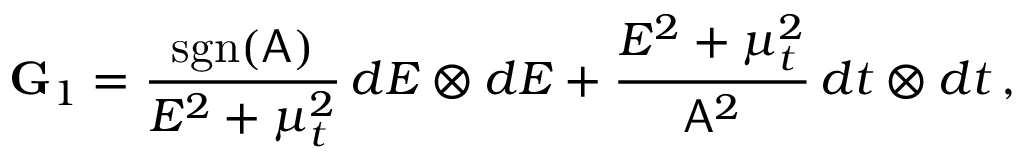
\mathbf { G } _ { 1 } = \frac { \mathrm { s g n } ( \mathsf { A } ) } { E ^ { 2 } + \mu _ { t } ^ { 2 } } \, d E \otimes d E + \frac { E ^ { 2 } + \mu _ { t } ^ { 2 } } { \mathsf { A } ^ { 2 } } \, d t \otimes d t \, ,